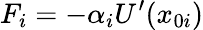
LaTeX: F_{i}=-\alpha_{i}U^{\prime}(x_{0i})